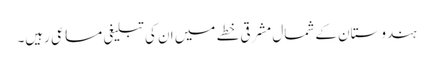
ہندوستان کے شمال مشرقی خطے میں ان کی تبلیغی مساعی رہیں۔